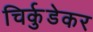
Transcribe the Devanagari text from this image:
चिर्कुडेकर